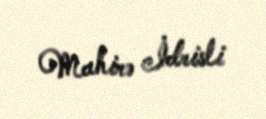
Mahirə İdrisli